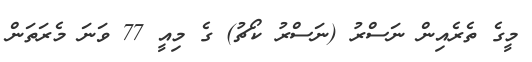
މީގެ ތެރެއިން ނަސްރު (ނަސްރު ކޯޗު) ގެ މިއީ 77 ވަނަ މެރަތަން